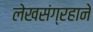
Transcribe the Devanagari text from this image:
लेखसंग्रहाने